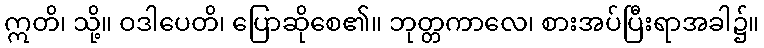
ဣတိ၊ သို့။ ဝဒါပေတိ၊ ပြောဆိုစေ၏။ ဘုတ္တကာလေ၊ စားအပ်ပြီးရာအခါ၌။